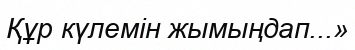
Құр күлемін жымыңдап...»